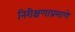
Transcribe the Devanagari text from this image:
निरीक्षणाप्रमाणे